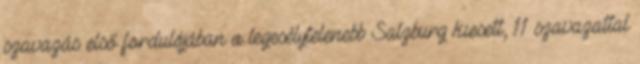
szavazás első fordulójában a legesélytelenebb Salzburg kiesett, 11 szavazattal